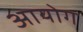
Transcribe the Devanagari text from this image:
अायोग